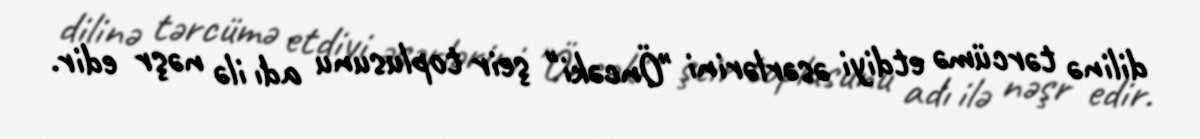
dilinə tərcümə etdiyi əsərlərini "Öncəki" şeir toplusunu adı ilə nəşr edir.